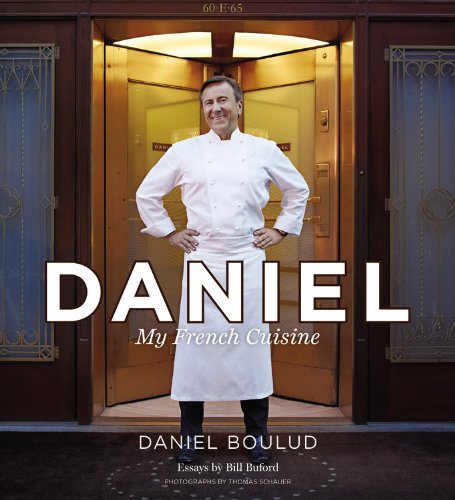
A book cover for Daniel: My French Cuisine; Daniel Boulud; Cookbooks, Food & Wine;